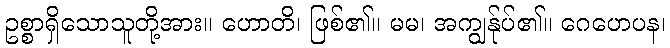
ဥစ္စာရှိသောသူတို့အား။ ဟောတိ၊ ဖြစ်၏။ မမ၊ အကျွန်ုပ်၏။ ဂေဟေပန၊